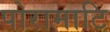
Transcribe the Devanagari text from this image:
पोरामाटि